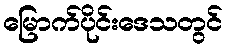
မြောက်ပိုင်းဒေသတွင်